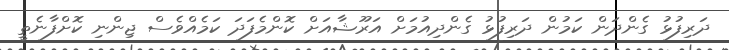
ދަރިފުޅު ގެންދަން ކަމުން ދަރިފުޅު ގެންދިއުމަށް އަރޫޝާއަށް ކޮންމެފަދަ ކަމެއްވެސް ޖިންނި ކޮށްފާނެތީ